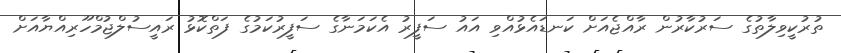
ތުރުކީވިލާތުގެ ސަރުކާރުން ރާއްޖެއަށް ކަނޑައެޅުއްވި އައު ސަފީރު އެކަމަނާގެ ސަފީރުކަމުގެ ފަތްކޮޅު ރައީސުލްޖުމްހޫރިއްޔާއަށް